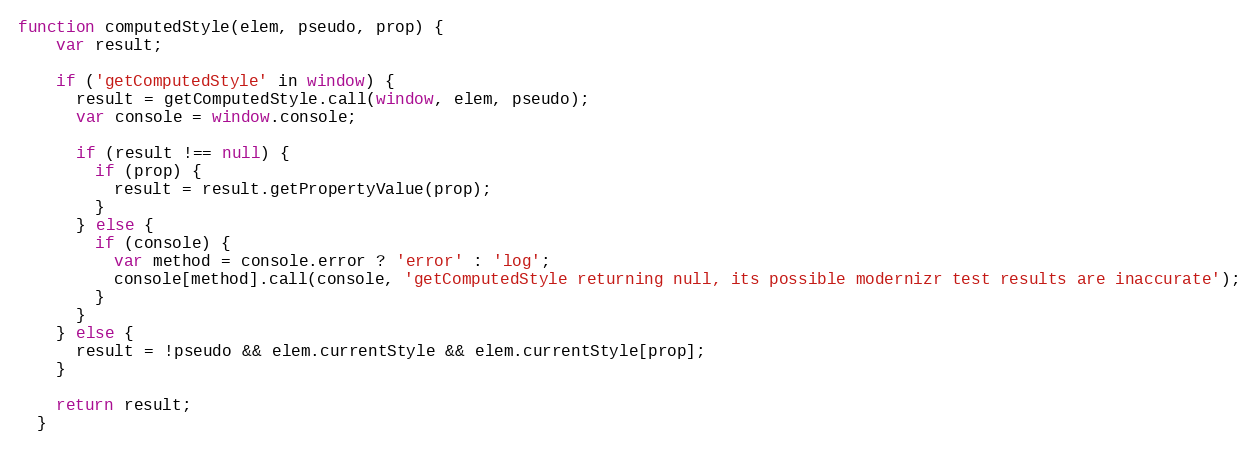
Language: JavaScript
function computedStyle(elem, pseudo, prop) {
    var result;

    if ('getComputedStyle' in window) {
      result = getComputedStyle.call(window, elem, pseudo);
      var console = window.console;

      if (result !== null) {
        if (prop) {
          result = result.getPropertyValue(prop);
        }
      } else {
        if (console) {
          var method = console.error ? 'error' : 'log';
          console[method].call(console, 'getComputedStyle returning null, its possible modernizr test results are inaccurate');
        }
      }
    } else {
      result = !pseudo && elem.currentStyle && elem.currentStyle[prop];
    }

    return result;
  }